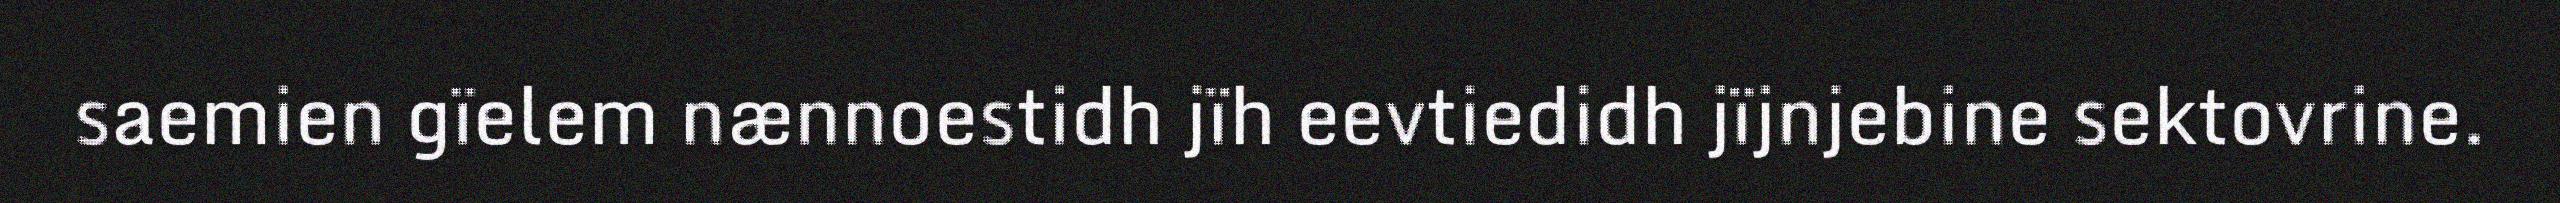
saemien gïelem nænnoestidh jïh eevtiedidh jïjnjebine sektovrine.